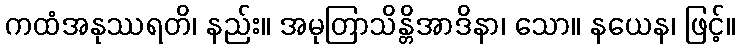
ကထံအနုဿရတိ၊ နည်း။ အမုတြာသိန္တိအာဒိနာ၊ သော။ နယေန၊ ဖြင့်။